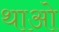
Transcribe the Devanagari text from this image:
थाओ